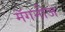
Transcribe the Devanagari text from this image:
मॅगनीज